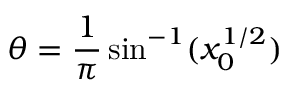
\theta = { \frac { 1 } { \pi } } \sin ^ { - 1 } ( x _ { 0 } ^ { 1 / 2 } )